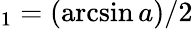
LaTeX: _1=(\arcsin a)/2